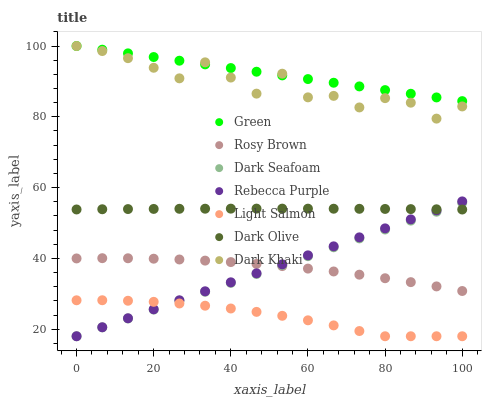
| xaxis_label | Green | Rosy Brown | Dark Seafoam | Rebecca Purple | Light Salmon | Dark Olive | Dark Khaki |
 | --- | --- | --- | --- | --- | --- | --- | --- |
 | 0 | 100 | 40 | 18 | 18 | 28.2 | 53.8 | 100 |
 | 6.67 | 99 | 40.1 | 20.5 | 20.5 | 28.2 | 53.9 | 98.6 |
 | 13.3 | 97.9 | 40 | 23 | 23.1 | 28 | 53.9 | 96.6 |
 | 20 | 96.9 | 39.9 | 25.5 | 25.6 | 27.7 | 54 | 93.9 |
 | 26.7 | 95.8 | 39.7 | 28.1 | 28.2 | 27.3 | 54 | 90.9 |
 | 33.3 | 94.8 | 39.4 | 30.6 | 30.7 | 26.6 | 54 | 95.4 |
 | 40 | 93.8 | 39 | 33.1 | 33.2 | 25.8 | 54.1 | 91.1 |
 | 46.7 | 92.7 | 38.4 | 35.6 | 35.8 | 24.9 | 54.1 | 86.5 |
 | 53.3 | 91.7 | 37.8 | 38.1 | 38.3 | 23.8 | 54.1 | 92.2 |
 | 60 | 90.7 | 37.1 | 40.6 | 40.9 | 22.5 | 54 | 85.5 |
 | 66.7 | 89.6 | 36.3 | 43.1 | 43.4 | 21.1 | 54 | 85.9 |
 | 73.3 | 88.6 | 35.4 | 45.6 | 45.9 | 19.5 | 54 | 82.6 |
 | 80 | 87.5 | 34.4 | 48.2 | 48.5 | 18 | 54 | 85.3 |
 | 86.7 | 86.5 | 33.3 | 50.7 | 51 | 18 | 53.9 | 84 |
 | 93.3 | 85.5 | 32.1 | 53.2 | 53.6 | 18 | 53.9 | 79.5 |
 | 100 | 84.4 | 30.8 | 55.7 | 56.1 | 18 | 53.8 | 82.9 |